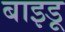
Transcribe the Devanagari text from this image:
बाइडू